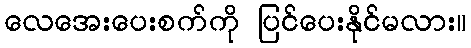
လေအေးပေးစက်ကို ပြင်ပေးနိုင်မလား။